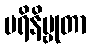
ပရိနိဗ္ဗုတာ